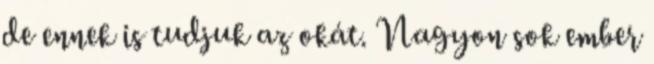
de ennek is tudjuk az okát. Nagyon sok ember